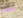
حصر